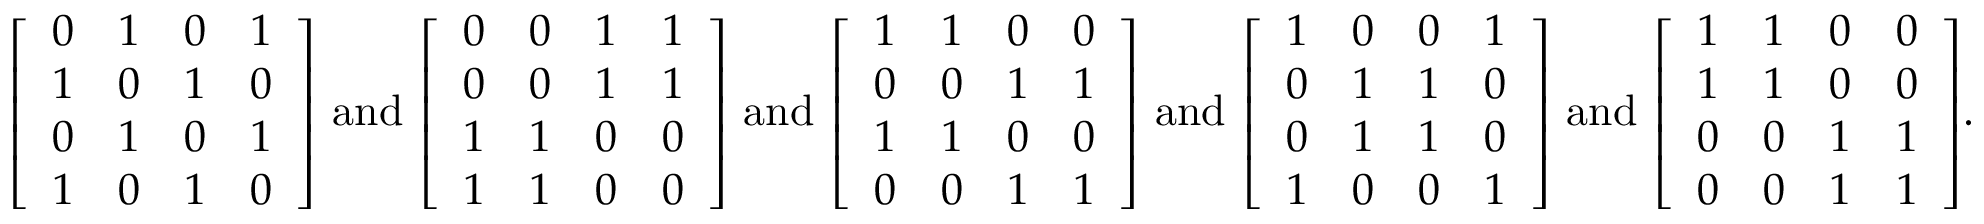
{ \left[ \begin{array} { l l l l } { 0 } & { 1 } & { 0 } & { 1 } \\ { 1 } & { 0 } & { 1 } & { 0 } \\ { 0 } & { 1 } & { 0 } & { 1 } \\ { 1 } & { 0 } & { 1 } & { 0 } \end{array} \right] } { \mathrm { ~ a n d ~ } } { \left[ \begin{array} { l l l l } { 0 } & { 0 } & { 1 } & { 1 } \\ { 0 } & { 0 } & { 1 } & { 1 } \\ { 1 } & { 1 } & { 0 } & { 0 } \\ { 1 } & { 1 } & { 0 } & { 0 } \end{array} \right] } { \mathrm { ~ a n d ~ } } { \left[ \begin{array} { l l l l } { 1 } & { 1 } & { 0 } & { 0 } \\ { 0 } & { 0 } & { 1 } & { 1 } \\ { 1 } & { 1 } & { 0 } & { 0 } \\ { 0 } & { 0 } & { 1 } & { 1 } \end{array} \right] } { \mathrm { ~ a n d ~ } } { \left[ \begin{array} { l l l l } { 1 } & { 0 } & { 0 } & { 1 } \\ { 0 } & { 1 } & { 1 } & { 0 } \\ { 0 } & { 1 } & { 1 } & { 0 } \\ { 1 } & { 0 } & { 0 } & { 1 } \end{array} \right] } { \mathrm { ~ a n d ~ } } { \left[ \begin{array} { l l l l } { 1 } & { 1 } & { 0 } & { 0 } \\ { 1 } & { 1 } & { 0 } & { 0 } \\ { 0 } & { 0 } & { 1 } & { 1 } \\ { 0 } & { 0 } & { 1 } & { 1 } \end{array} \right] } .